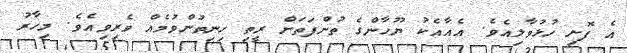
އެ ފޮށި ހުޅުވާލިއެވެ. އެއާއެކު ޔޫހާންގެ ތުންފަތަށް ރީތި ހިނިތުންވުމެއް ވެރިވިއެވެ. މިހާރު